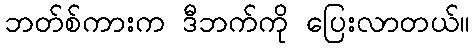
ဘတ်စ်ကားက ဒီဘက်ကို ပြေးလာတယ်။